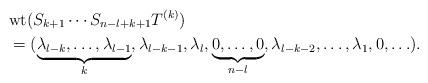
LaTeX: \begin{align*}& \mathrm{wt}(S_{k+1}\cdots S_{n-l+k+1}T^{(k)})\\& =(\underbrace{\lambda_{l-k},\ldots,\lambda_{l-1}}_{k},\lambda_{l-k-1},\lambda_{l},\underbrace{0,\ldots,0}_{n-l},\lambda_{l-k-2},\ldots,\lambda_{1},0,\ldots).\end{align*}